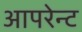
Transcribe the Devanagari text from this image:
आपरेन्ट